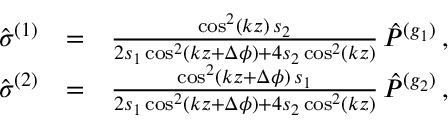
\begin{array} { r l r } { { \hat { \sigma } } ^ { ( 1 ) } } & { = } & { \frac { \cos ^ { 2 } ( k z ) \, s _ { 2 } } { 2 s _ { 1 } \cos ^ { 2 } ( k z + \Delta \phi ) + 4 s _ { 2 } \cos ^ { 2 } ( k z ) } \, { \hat { P } } ^ { ( g _ { 1 } ) } \, , } \\ { { \hat { \sigma } } ^ { ( 2 ) } } & { = } & { \frac { \cos ^ { 2 } ( k z + \Delta \phi ) \, s _ { 1 } } { 2 s _ { 1 } \cos ^ { 2 } ( k z + \Delta \phi ) + 4 s _ { 2 } \cos ^ { 2 } ( k z ) } \, { \hat { P } } ^ { ( g _ { 2 } ) } \, , } \end{array}